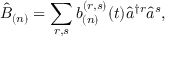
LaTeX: \hat { B } _ { ( n ) } = \sum _ { r , s } b _ { ( n ) } ^ { ( r , s ) } ( t ) \hat { a } ^ { \dagger r } \hat { a } ^ { s } ,